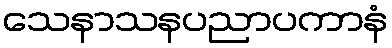
သေနာသနပညာပကာနံ